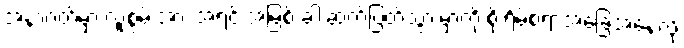
အနာဂတ်မှာ လူ့စွမ်းအား အရင်းအမြစ် ခါးဆက်ပြတ်သွားမှာကို စိုးရိမ်စရာအခြေအနေလို့